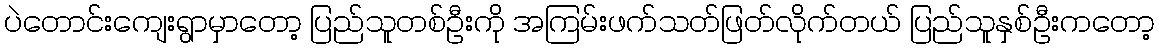
ပဲတောင်းကျေးရွာမှာတော့ ပြည်သူတစ်ဦးကို အကြမ်းဖက်သတ်ဖြတ်လိုက်တယ် ပြည်သူနှစ်ဦးကတော့